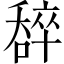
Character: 𠾹